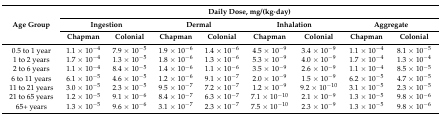
<table><thead><tr><td rowspan="3"><b>Age Group</b></td><td colspan="8"><b>Daily Dose, mg/(kg·day)</b></td></tr><tr><td colspan="2"><b>Ingestion</b></td><td colspan="2"><b>Dermal</b></td><td colspan="2"><b>Inhalation</b></td><td colspan="2"><b>Aggregate</b></td></tr><tr><td><b>Chapman</b></td><td><b>Colonial</b></td><td><b>Chapman</b></td><td><b>Colonial</b></td><td><b>Chapman</b></td><td><b>Colonial</b></td><td><b>Chapman</b></td><td><b>Colonial</b></td></tr></thead><tbody><tr><td>0.5 to 1 year</td><td>1.1 × 10<sup>−4</sup></td><td>7.9 × 10<sup>−5</sup></td><td>1.9 × 10<sup>−6</sup></td><td>1.4 × 10<sup>−6</sup></td><td>4.5 × 10<sup>−9</sup></td><td>3.4 × 10<sup>−9</sup></td><td>1.1 × 10<sup>−4</sup></td><td>8.1 × 10<sup>−5</sup></td></tr><tr><td>1 to 2 years</td><td>1.7 × 10<sup>−4</sup></td><td>1.3 × 10<sup>−5</sup></td><td>1.8 × 10<sup>−6</sup></td><td>1.3 × 10<sup>−6</sup></td><td>5.3 × 10<sup>−9</sup></td><td>4.0 × 10<sup>−9</sup></td><td>1.7 × 10<sup>−4</sup></td><td>1.3 × 10<sup>−4</sup></td></tr><tr><td>2 to 6 years</td><td>1.1 × 10<sup>−4</sup></td><td>8.4 × 10<sup>−5</sup></td><td>1.4 × 10<sup>−6</sup></td><td>1.1 × 10<sup>−6</sup></td><td>3.5 × 10<sup>−9</sup></td><td>2.6 × 10<sup>−9</sup></td><td>1.1 × 10<sup>−4</sup></td><td>8.5 × 10<sup>−5</sup></td></tr><tr><td>6 to 11 years</td><td>6.1 × 10<sup>−5</sup></td><td>4.6 × 10<sup>−5</sup></td><td>1.2 × 10<sup>−6</sup></td><td>9.1 × 10<sup>−7</sup></td><td>2.0 × 10<sup>−9</sup></td><td>1.5 × 10<sup>−9</sup></td><td>6.2 × 10<sup>−5</sup></td><td>4.7 × 10<sup>−5</sup></td></tr><tr><td>11 to 21 years</td><td>3.0 × 10<sup>−5</sup></td><td>2.3 × 10<sup>−5</sup></td><td>9.5 × 10<sup>−7</sup></td><td>7.2 × 10<sup>−7</sup></td><td>1.2 × 10<sup>−9</sup></td><td>9.2 × 10<sup>−10</sup></td><td>3.1 × 10<sup>−5</sup></td><td>2.3 × 10<sup>−5</sup></td></tr><tr><td>21 to 65 years</td><td>1.2 × 10<sup>−5</sup></td><td>9.1 × 10<sup>−6</sup></td><td>8.4 × 10<sup>−7</sup></td><td>6.3 × 10<sup>−7</sup></td><td>7.1 × 10<sup>−10</sup></td><td>2.1 × 10<sup>−9</sup></td><td>1.3 × 10<sup>−5</sup></td><td>9.8 × 10<sup>−6</sup></td></tr><tr><td>65+ years</td><td>1.3 × 10<sup>−5</sup></td><td>9.6 × 10<sup>−6</sup></td><td>3.1 × 10<sup>−7</sup></td><td>2.3 × 10<sup>−7</sup></td><td>7.5 × 10<sup>−10</sup></td><td>2.3 × 10<sup>−9</sup></td><td>1.3 × 10<sup>−5</sup></td><td>9.8 × 10<sup>−6</sup></td></tr></tbody></table>